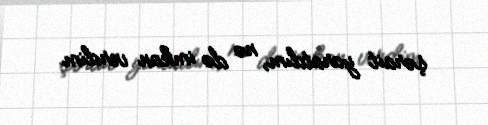
şərait yaratdım, nə də imkan verdim.